Civil Veterinary Department. United Provinces 1932-42 - 1932-1942
Year: 1932
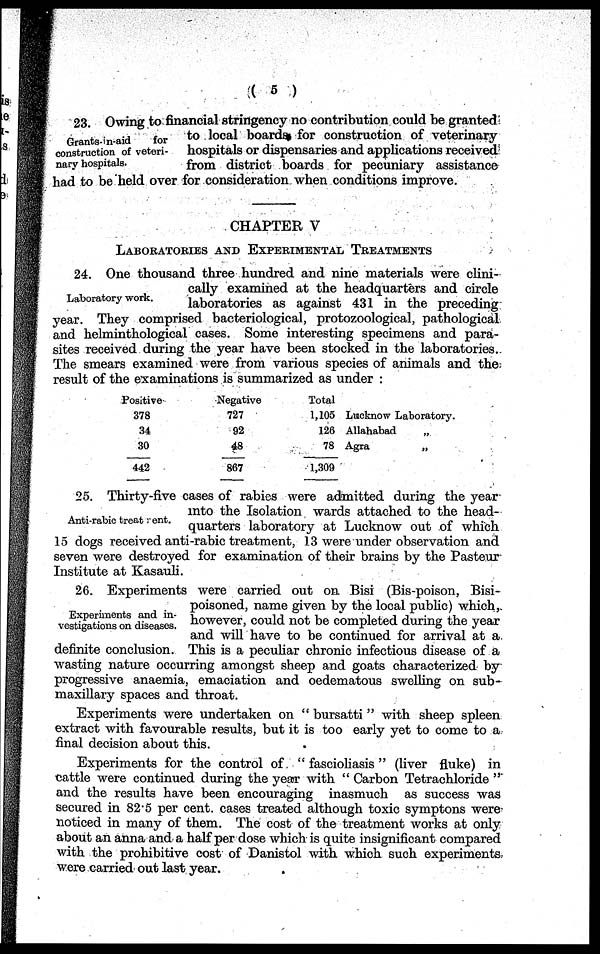
(5)
Grants-in-aid
for
construction of veteri-
nary hospitals.
23. Owing to financial stringency no contribution could be granted
to local boards for construction of veterinary
hospitals or dispensaries and applications received
from district boards for pecuniary assistance
had to be held over for consideration when conditions improve.
CHAPTER V
LABORATORIES AND EXPERIMENTAL TREATMENTS
Laboratory work.
24. One thousand three hundred and nine materials were clini-
cally examined at the headquarters and circle
laboratories as against 431 in the preceding
year. They comprised bacteriological, protozoological, pathological
and helminthological cases. Some interesting specimens and para-
sites received during the year have been stocked in the laboratories.
The smears examined were from various species of animals and the
result of the examinations is summarized as under:
Positive
378
34
30
442
Negative
727
92
48
867
Total
1,105
126
78
1,309
Lucknow Laboratory.
Allahabad
„
Agra „
Anti-rabic treat ent.
25. Thirty-five cases of rabies were admitted during the year
into the Isolation wards attached to the head-
quarters laboratory at Lucknow out of which
15 dogs received anti-rabic treatment, 13 were under observation and
seven were destroyed for examination of their brains by the Pasteur
Institute at Kasauli.
Experiments and in-
vestigations on diseases.
26. Experiments were carried out on Bisi (Bis-poison, Bisi-
poisoned, name given by the local public) which,
however, could not be completed during the year
and will have to be continued for arrival at a
definite conclusion. This is a peculiar chronic infectious disease of a
wasting nature occurring amongst sheep and goats characterized by
progressive anaemia, emaciation and oedematous swelling on sub-
maxillary spaces and throat.
Experiments were undertaken on "bursatti" with sheep spleen
extract with favourable results, but it is too early yet to come to a
final decision about this.
Experiments for the control of "fascioliasis" (liver fluke) in
cattle were continued during the year with "Carbon Tetrachloride"
and the results have been encouraging inasmuch as success was
secured in 82.5 per cent, cases treated although toxic symptons were
noticed in many of them. The cost of the treatment works at only
about an anna and a half per dose which is quite insignificant compared
with the prohibitive cost of Danistol with which such experiments
were carried out last year.